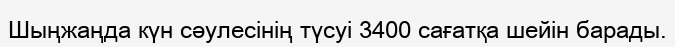
Шыңжаңда күн сәулесінің түсуі 3400 сағатқа шейін барады.